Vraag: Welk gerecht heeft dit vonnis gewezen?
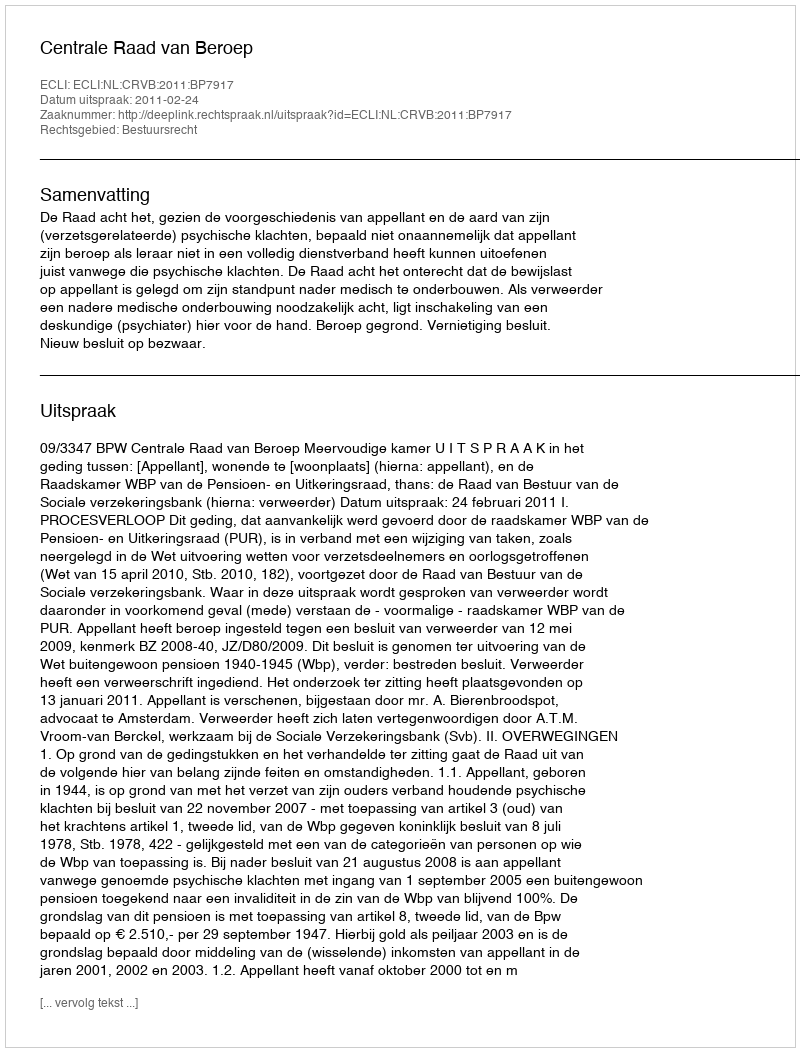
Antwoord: Centrale Raad van Beroep